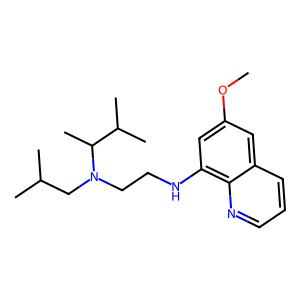
SMILES: COc1cc(NCCN(CC(C)C)C(C)C(C)C)c2ncccc2c1
Inhibits HIV replication: No